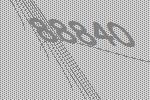
88840